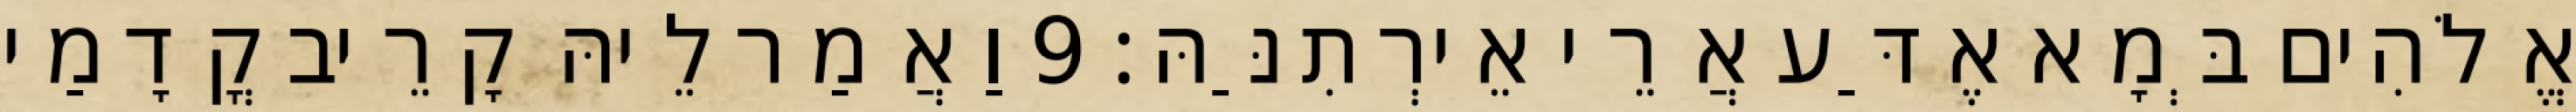
אֱלֹהִים בְּמָא אֶדַּע אֲרֵי אֵירְתִנַּהּ׃ 9 וַאֲמַר לֵיהּ קָרֵיב קֳדָמַי